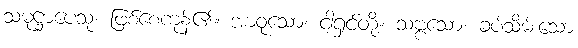
သမုဋ္ဌာပေသုံ၊ ဖြစ်စေကုန်၏။ အာဝုသော၊ ငါ့ရှင်တို့။ သဗ္ဗသော၊ ခပ်သိမ်းသော